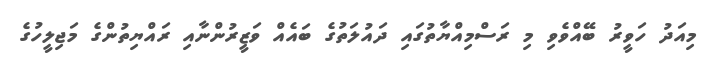
މިއަދު ހަވީރު ބޭއްވެވި މި ރަސްމިއްޔާތުގައި ދައުލަތުގެ ބައެއް ވަޒީރުންނާއި ރައްޔިތުންގެ މަޖިލީހުގެ